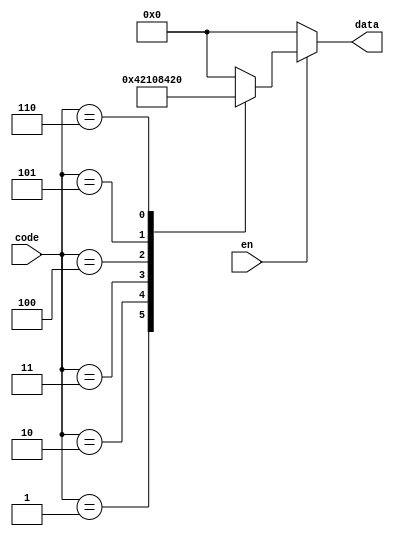
module decoder(code,en,data);
    input [2:0] code;
    input en;
    output reg [5:0] data;
    always@(code)
        if(~en) data = 6'b000000; 
        else case(code) 
            3'b001 : data = 6'b000001;
            3'b010 : data = 6'b000010;
            3'b011 : data = 6'b000100;
            3'b100 : data = 6'b001000;
            3'b101 : data = 6'b010000;
            3'b110 : data = 6'b100000;
            default : data = 6'b000000;
        endcase 
endmodule